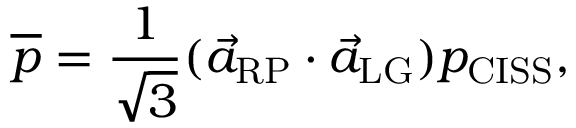
\overline { { p } } = \frac { 1 } { \sqrt { 3 } } ( \vec { a } _ { \mathrm { R P } } \cdot \vec { a } _ { \mathrm { L G } } ) p _ { \mathrm { C I S S } } ,